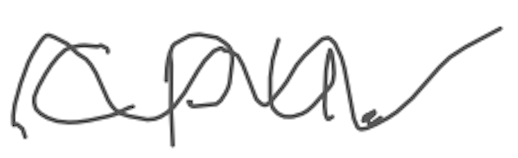
Text: CPU.
Cross-out: wave
Writing tool: digital_gray